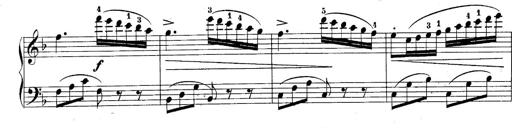
Title: 10 Sonatines progressives
Composer: Anton Schmoll